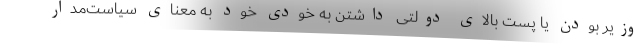
وزیر بودن یا پست بالای دولتی داشتن به خودی خود به معنای سیاست‌مدار